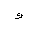
Letter: _waw